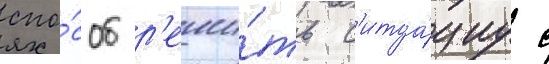
спо́соб р'еши́ть с'итуа́циу с